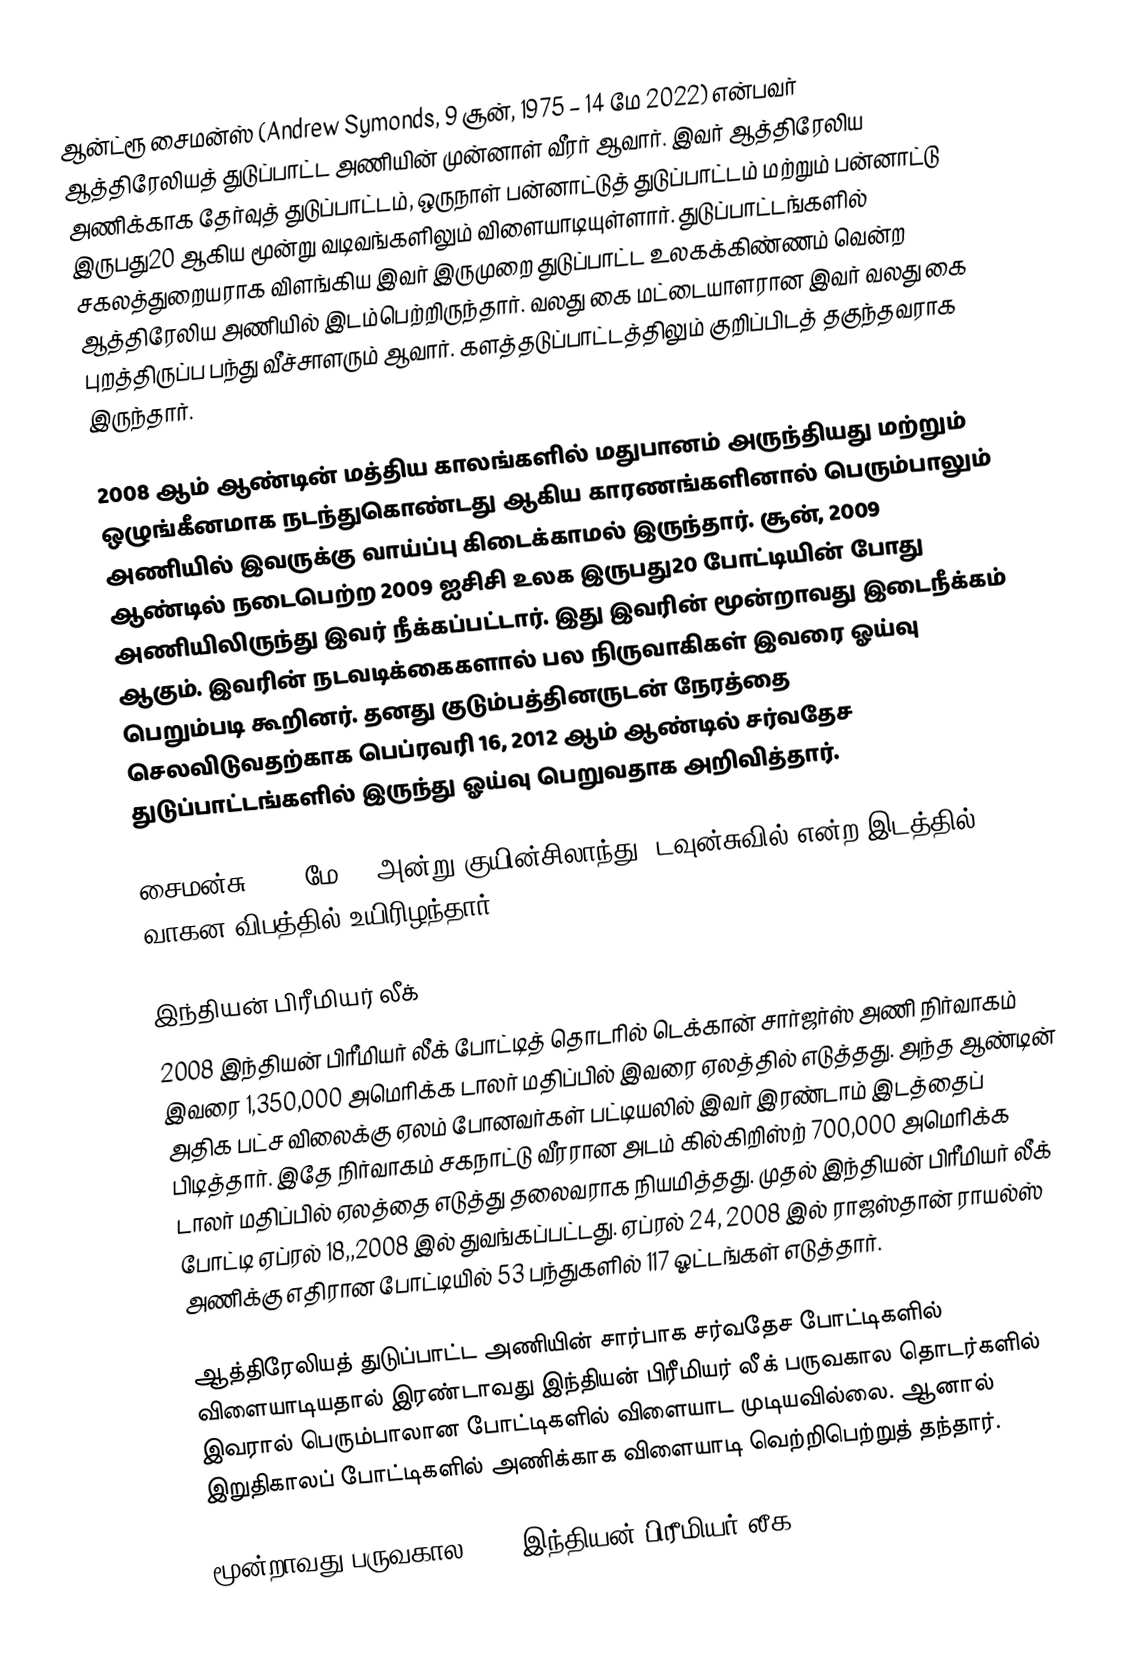
ஆன்ட்ரூ சைமன்ஸ் (Andrew Symonds, 9 சூன், 1975 – 14 மே 2022) என்பவர் ஆத்திரேலியத் துடுப்பாட்ட அணியின் முன்னாள்  வீரர் ஆவார். இவர் ஆத்திரேலிய அணிக்காக தேர்வுத் துடுப்பாட்டம், ஒருநாள் பன்னாட்டுத் துடுப்பாட்டம் மற்றும் பன்னாட்டு இருபது20 ஆகிய மூன்று வடிவங்களிலும் விளையாடியுள்ளார். துடுப்பாட்டங்களில் சகலத்துறையராக விளங்கிய இவர் இருமுறை துடுப்பாட்ட உலகக்கிண்ணம் வென்ற ஆத்திரேலிய அணியில் இடம்பெற்றிருந்தார். வலது கை மட்டையாளரான இவர் வலது கை புறத்திருப்ப பந்து வீச்சாளரும் ஆவார். களத்தடுப்பாட்டத்திலும் குறிப்பிடத் தகுந்தவராக இருந்தார்.

2008 ஆம் ஆண்டின் மத்திய காலங்களில் மதுபானம் அருந்தியது மற்றும் ஒழுங்கீனமாக நடந்துகொண்டது ஆகிய காரணங்களினால் பெரும்பாலும் அணியில் இவருக்கு வாய்ப்பு கிடைக்காமல் இருந்தார். சூன், 2009 ஆண்டில் நடைபெற்ற 2009 ஐசிசி உலக இருபது20 போட்டியின் போது அணியிலிருந்து இவர் நீக்கப்பட்டார். இது இவரின் மூன்றாவது இடைநீக்கம் ஆகும். இவரின் நடவடிக்கைகளால் பல நிருவாகிகள் இவரை ஓய்வு பெறும்படி கூறினர். தனது குடும்பத்தினருடன் நேரத்தை செலவிடுவதற்காக பெப்ரவரி 16, 2012 ஆம் ஆண்டில் சர்வதேச துடுப்பாட்டங்களில் இருந்து ஓய்வு பெறுவதாக அறிவித்தார்.

சைமன்சு 2022 மே 14 அன்று குயின்சிலாந்து, டவுன்சுவில் என்ற இடத்தில் வாகன விபத்தில் உயிரிழந்தார்.

இந்தியன் பிரீமியர் லீக்
2008 இந்தியன் பிரீமியர் லீக் போட்டித் தொடரில் டெக்கான் சார்ஜர்ஸ் அணி நிர்வாகம் இவரை 1,350,000 அமெரிக்க டாலர் மதிப்பில் இவரை ஏலத்தில் எடுத்தது. அந்த ஆண்டின் அதிக பட்ச விலைக்கு ஏலம் போனவர்கள் பட்டியலில் இவர் இரண்டாம் இடத்தைப் பிடித்தார். இதே நிர்வாகம் சகநாட்டு வீரரான அடம் கில்கிறிஸ்ற் 700,000 அமெரிக்க டாலர் மதிப்பில் ஏலத்தை எடுத்து தலைவராக நியமித்தது.  முதல் இந்தியன் பிரீமியர் லீக் போட்டி ஏப்ரல் 18,,2008 இல் துவங்கப்பட்டது. ஏப்ரல் 24, 2008 இல் ராஜஸ்தான் ராயல்ஸ் அணிக்கு எதிரான போட்டியில் 53 பந்துகளில் 117 ஓட்டங்கள் எடுத்தார்.

ஆத்திரேலியத் துடுப்பாட்ட அணியின் சார்பாக சர்வதேச போட்டிகளில் விளையாடியதால் இரண்டாவது இந்தியன் பிரீமியர் லீக் பருவகால தொடர்களில் இவரால் பெரும்பாலான போட்டிகளில் விளையாட முடியவில்லை. ஆனால் இறுதிகாலப் போட்டிகளில் அணிக்காக விளையாடி வெற்றிபெற்றுத் தந்தார்.

மூன்றாவது பருவகால 2010 இந்தியன் பிரீமியர் லீக